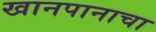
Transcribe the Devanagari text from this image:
खानपानाचा